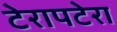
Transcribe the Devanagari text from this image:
टेरापटेरा